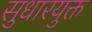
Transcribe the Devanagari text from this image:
सुधारयुक्त